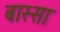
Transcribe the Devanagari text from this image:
बास्सा